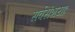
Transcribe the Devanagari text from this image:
सर्वसंशयाः